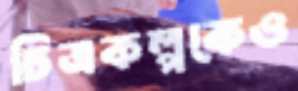
চিত্রকল্পকেও